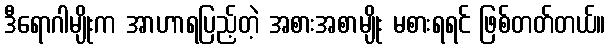
ဒီရောဂါမျိုးက အာဟာရပြည့်တဲ့ အစားအစာမျိုး မစားရရင် ဖြစ်တတ်တယ်။